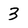
Character: 3